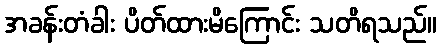
အခန်းတံခါး ပိတ်ထားမိကြောင်း သတိရသည်။